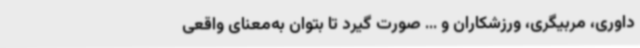
داوری، مربیگری، ورزشکاران و ... صورت گیرد تا بتوان به‌معنای واقعی